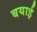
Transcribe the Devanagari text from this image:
बयाई